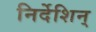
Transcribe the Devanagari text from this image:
निर्देशिन्